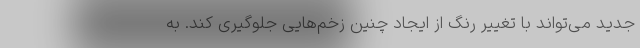
جدید می‌تواند با تغییر رنگ از ایجاد چنین زخم‌هایی جلوگیری کند. به